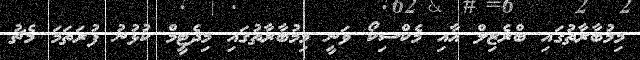
މިމުބާރާތުގައި ބްރެޒިލް އާއި މެކްސިކޯ ވަނީ މިމުބާރާތުގައި މިދެޓީމް ކުޅުނު ފުރަތަމަ މެޗު